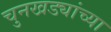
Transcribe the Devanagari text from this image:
चुनखड्यांच्या